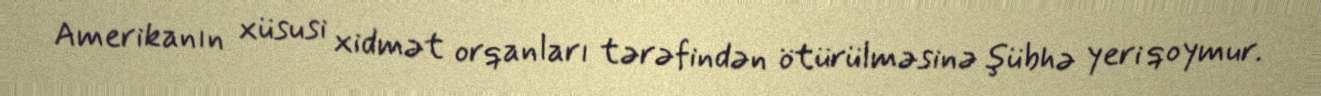
Amerikanın xüsusi xidmət orqanları tərəfindən ötürülməsinə şübhə yeri qoymur.